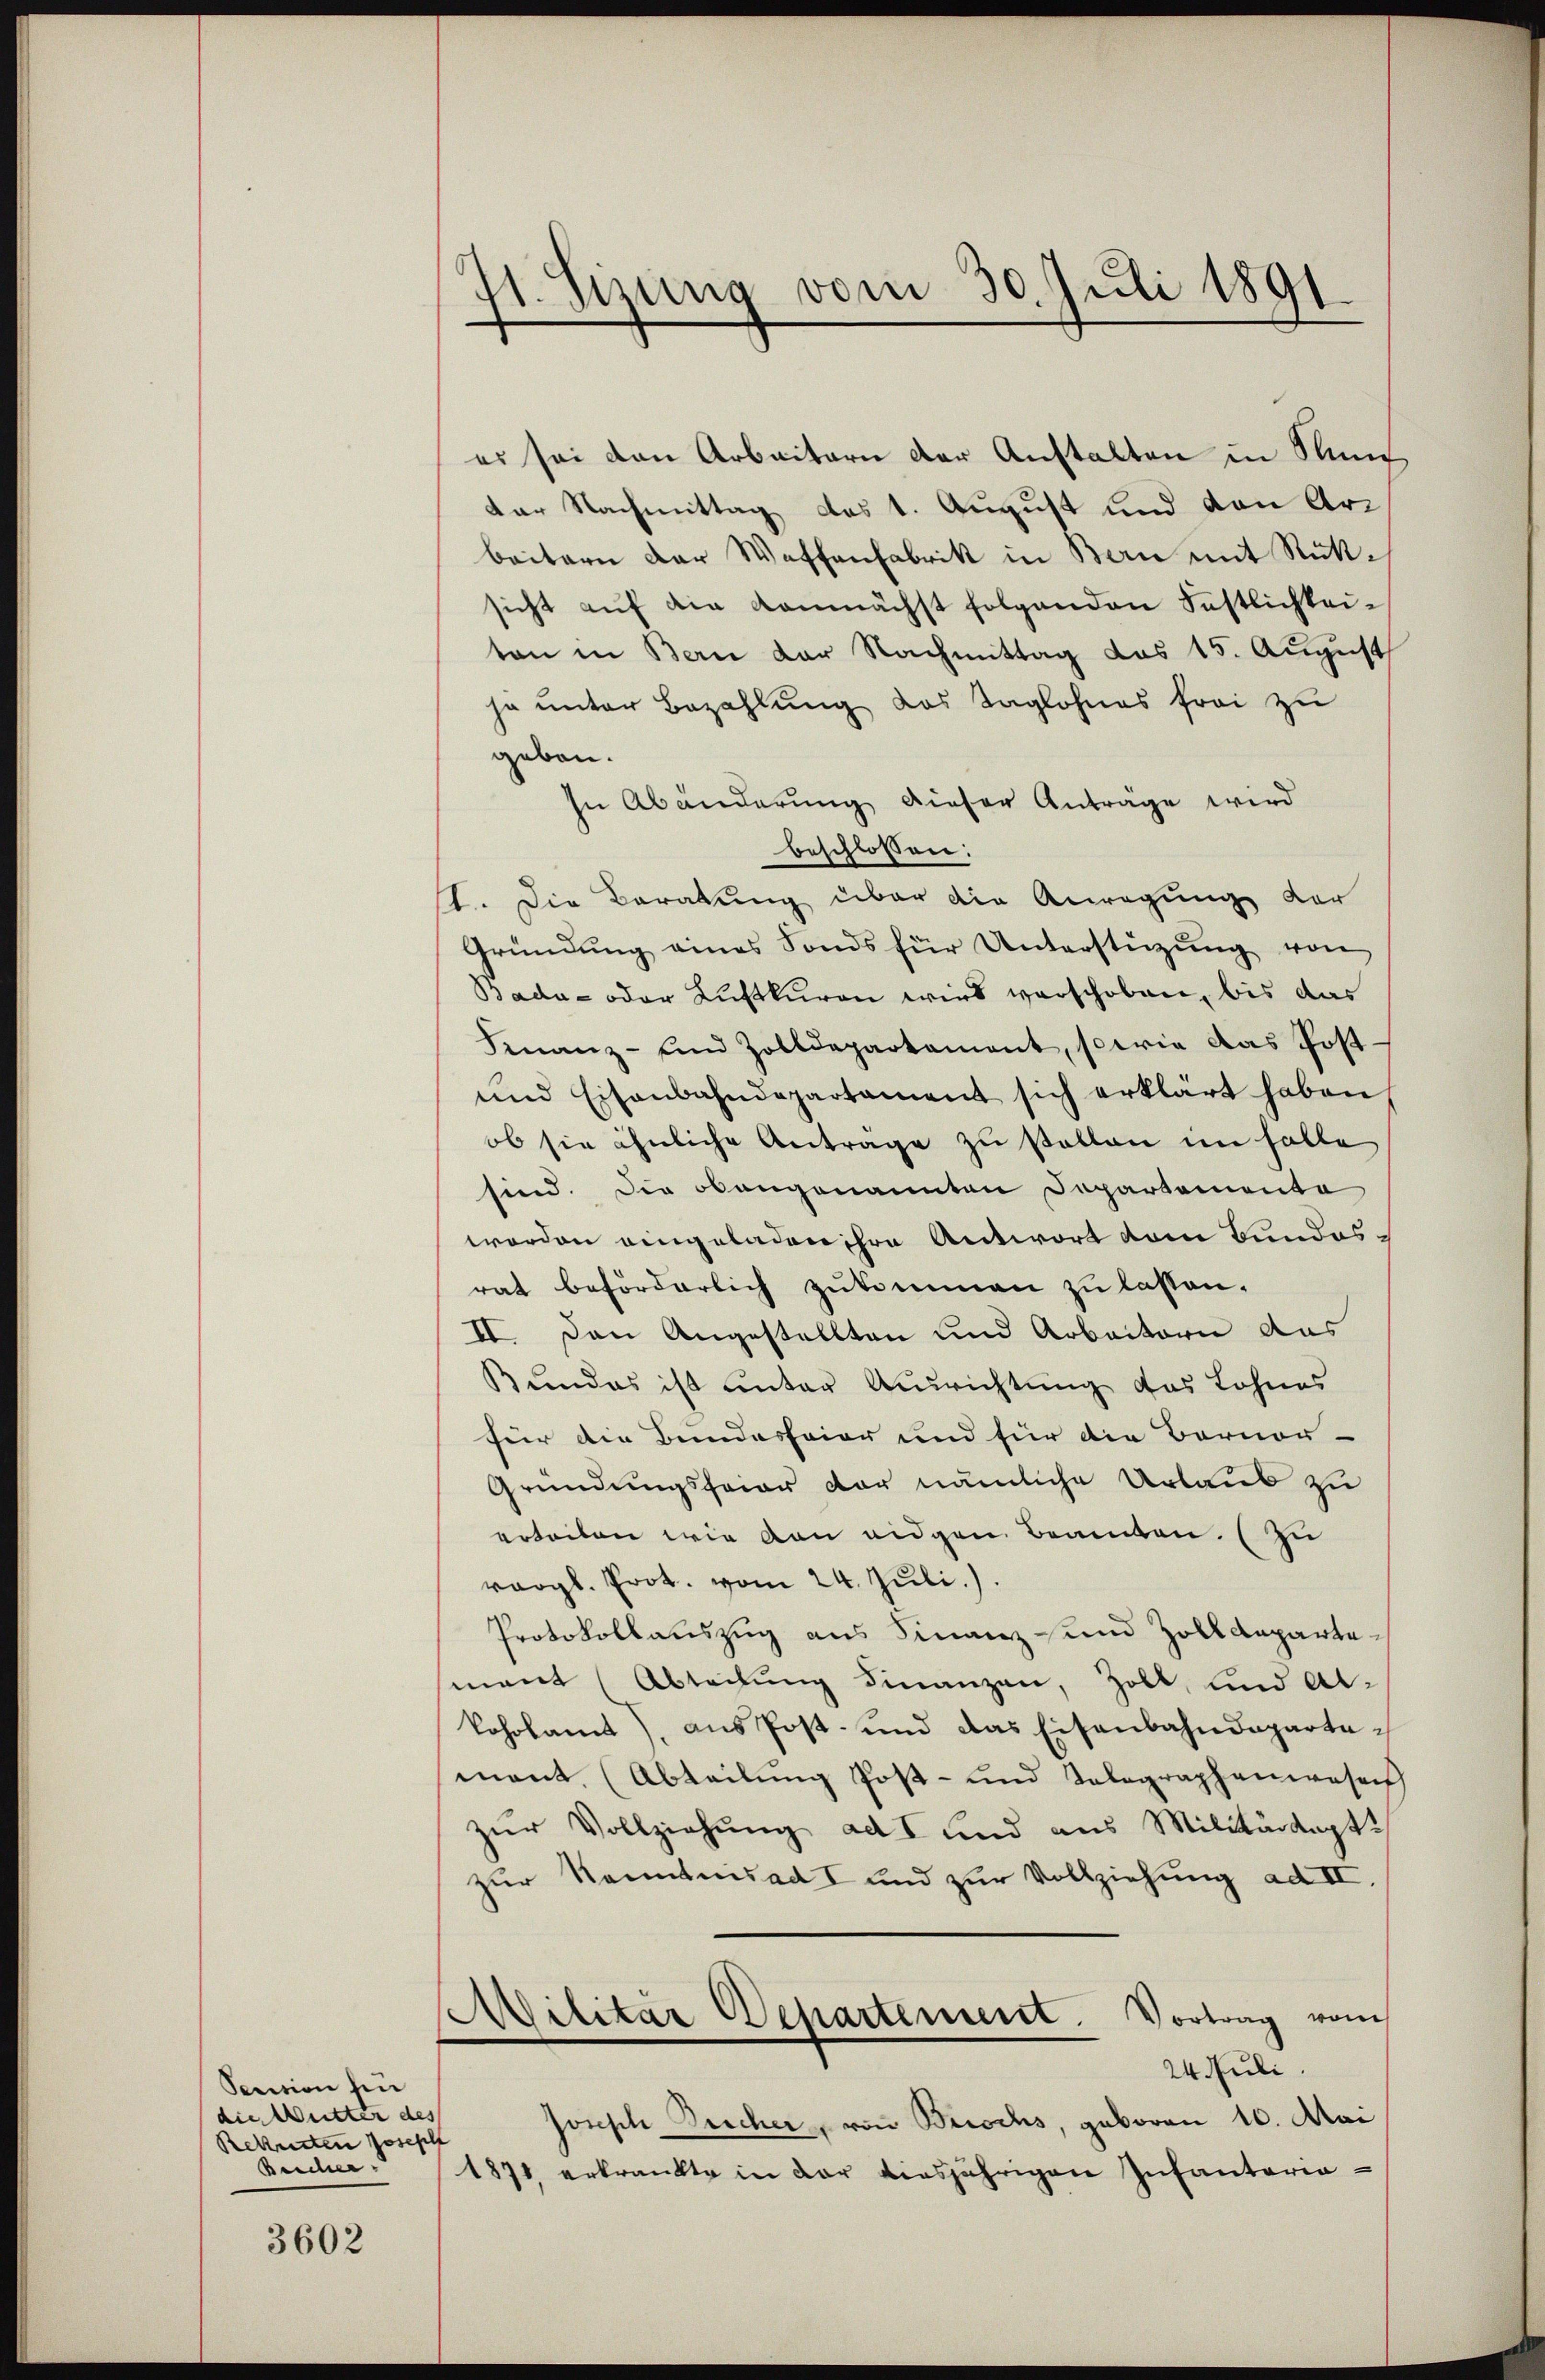
Sention fin
die Mutter des
Rekisten Joseph
Beicher.

3602

71. Sizung vom 30. Juli 1891

es sei den Arbeitern der Anstalten in Stunder Nachmittag des 1. August und von Arbeitern der Waffenfabrik in Bern mit Rüksicht aŭf die demnächst folgenden Festlichkeiton in Bern der Nachmittag das 15. August
ja unter Bezahlung des Taglohnes frei zu
geben.
In Abänderung dieser Anträge wird
beschlossen:
st. Die Beratung über die Anregung der
Gründung eines Fonds für Unterstützung von
Bada- oder Lustkuren wird verschoben, bis das
Finanz- und Zolldepartament, sowie das Post-
und Eisenbahndepartament sich erklärt haben,
ob sie ähnliche Anträge zu stellen im Halle
sind. Die obangenannten Departementa
worden eingeladen ihre Antwort vom Bundesrat beförderlich zukommen zu lassen.
II. Den Angestellten und Arbeitern aus
Bundes ist unter Ausrichtung das Lohnes
für die Bundesfeier und für die Bornor-
Gründungsfeier vor nämliche Urlaub zu
erbeiten wie von eidgen Beamten. (Zu
vergl. Prot. vom 24. Juli.).
Protokollauszug aus Finanz- und Zolldepartemant Abteilung Finanzen, Zoll, und Al-
koholamt), aus Post- und das Eisenbahndepartemant. (Abteilŭng Post- und Telegraphenwesen
zur Vollziehung ad I und aus Militärdept.
zur Kenntnis ad I und zur Vollziehung ad II,
Pilitar Departement. Vortrag vom
24. Juli
Joseph Pucher, von Brischs, geboren 10. Mai
1871 erkrankte in der diesjährigen Infantaria-